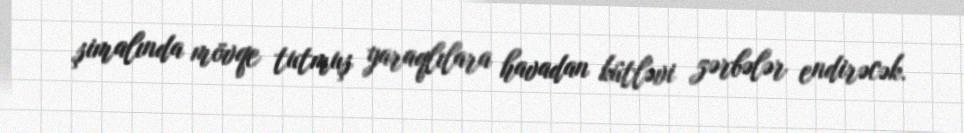
şimalında mövqe tutmuş yaraqlılara havadan kütləvi zərbələr endirəcək.